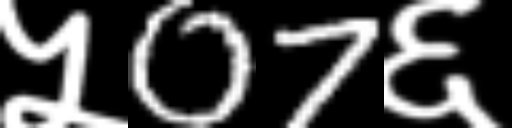
Text: ५07६